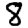
Digit: 8